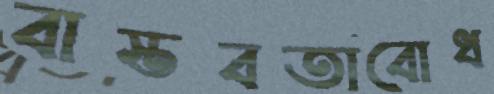
বাস্তবতাবোধ